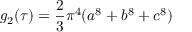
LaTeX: g _ { 2 } ( \tau ) = { \frac { 2 } { 3 } } \pi ^ { 4 } ( a ^ { 8 } + b ^ { 8 } + c ^ { 8 } )